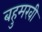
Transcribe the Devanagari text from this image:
बहुमखी